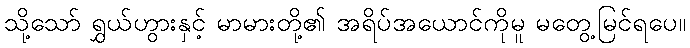
သို့သော် ရွှယ်ဟွားနှင့် မာမားတို့၏ အရိပ်အယောင်ကိုမူ မတွေ့မြင်ရပေ။